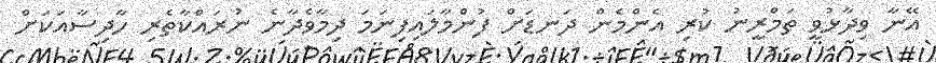
އޭނާ ވިދާޅުވީ ތަމްރީނު ކުރި އެންމެން ދަނޑަށް ފުންމާލައިފިނަމަ ދިމާވެދާނެ ނުރައްކާތެރި ހާދިސާއަކަށް